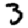
Digit: 3